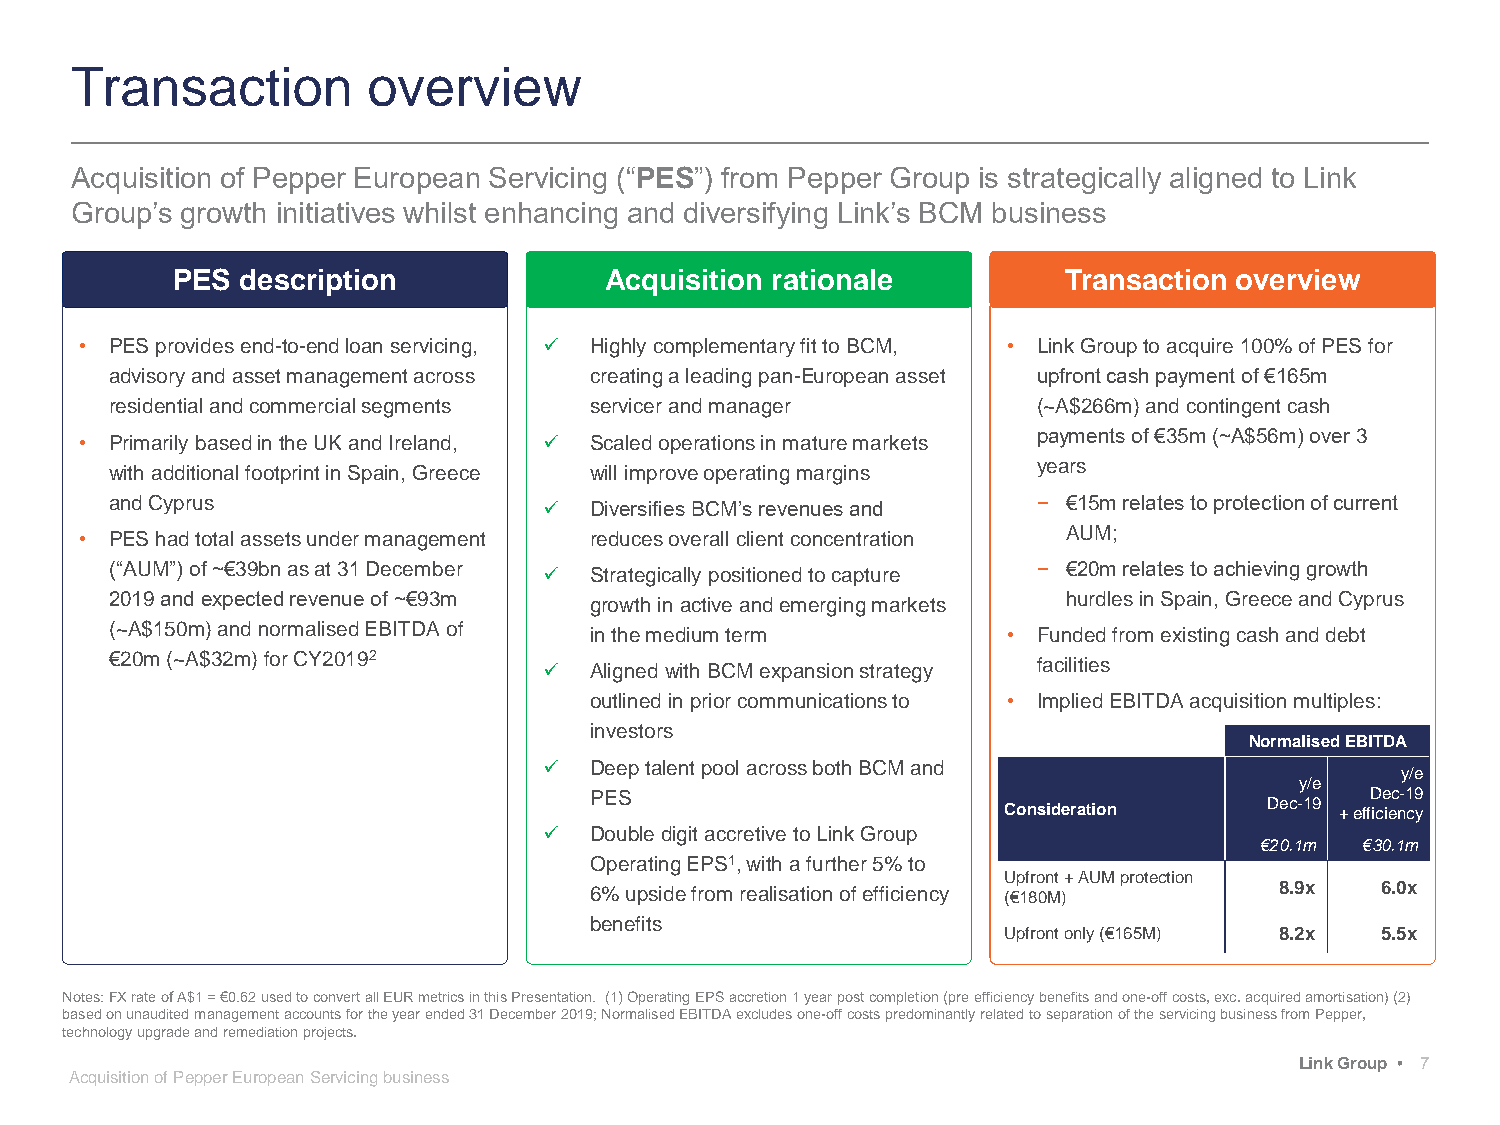
Transaction        overview
 Acquisition of Pepper European Servicing (“PES”) from Pepper Group is strategically aligned to Link
 Group’s growth initiatives whilst enhancing and diversifying Link’s BCM business
 PES  description             Acquisition rationale         Transaction overview
 • PES provides end-to-end loan servicing,  Highly complementary fit to BCM, • Link Group to acquire 100% of PES for
 advisory and asset management across creating a leading pan-European asset upfront cash payment of €165m
 residential and commercial segments servicer and manager      (~A$266m) and contingent cash
 • Primarily based in the UK and Ireland,  Scaled operations in mature markets payments of €35m (~A$56m) over 3
 with additional footprint in Spain, Greece will improve operating margins years
 and Cyprus                     Diversifies BCM’s revenues and − €15m relates to protection of current
 • PES had total assets under management reduces overall client concentration AUM;
 (“AUM”) of ~€39bnas at 31 December  Strategically positioned to capture − €20m relates to achieving growth
 2019 and expected revenue of ~€93m growth in active and emerging markets hurdles in Spain, Greece and Cyprus
 (~A$150m) and normalised EBITDA of in the medium term       • Funded from existing cash and debt
 €20m(~A$32m) for CY20192       Aligned with BCM expansion strategy facilities
 outlined in prior communications to • Implied EBITDA acquisition multiples:
 investors
 NormalisedEBITDA
   Deep talent pool across both BCM and
 y/e
 y/e
 PES                                                 Dec-19
 Consideration     Dec-19 + efficiency
   Double digit accretive to Link Group
 €20.1m €30.1m
 Operating EPS1, with a further 5% to
 Upfront+ AUM protection
 6% upside from realisation of efficiency (€180M) 8.9x 6.0x
 benefits
 Upfrontonly (€165M) 8.2x 5.5x
 Notes: FX rate of A$1 = €0.62 used to convert all EUR metrics in this Presentation. (1) Operating EPS accretion 1 year post completion(pre efficiency benefits and one-off costs, exc. acquired amortisation) (2)
 based on unaudited management accounts for the year ended 31 December 2019; NormalisedEBITDA excludes one-off costs predominantly related to separation of the servicing business from Pepper,
 technology upgrade and remediation projects.
 Link Group • 7
 Acquisition of Pepper European Servicing business